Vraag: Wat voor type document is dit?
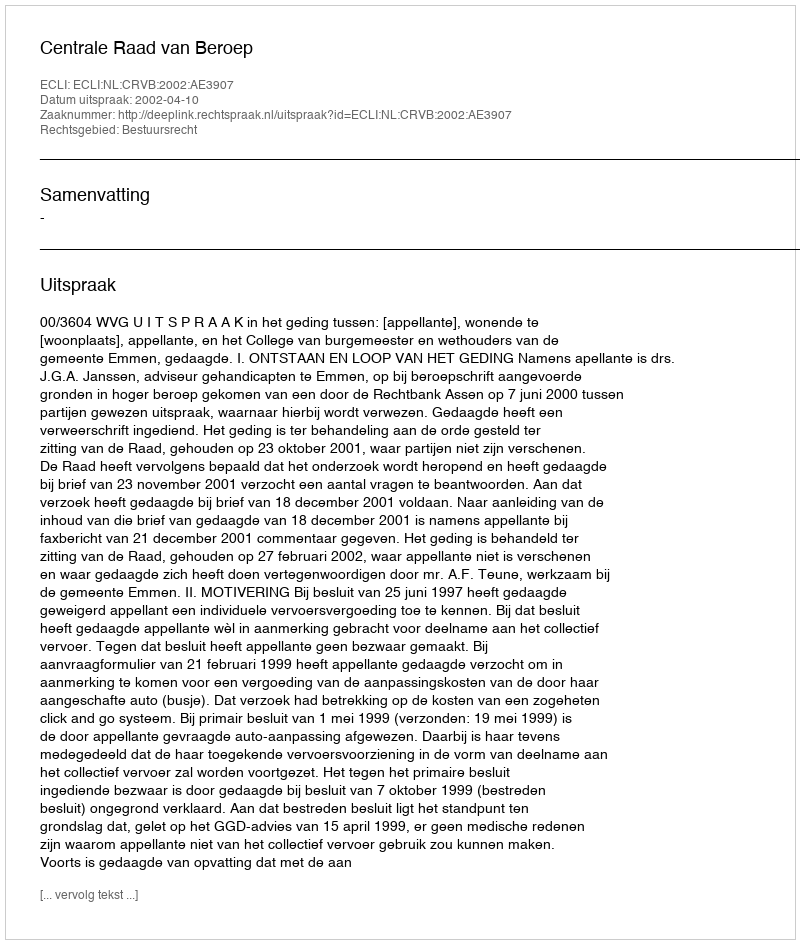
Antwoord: Uitspraak